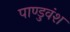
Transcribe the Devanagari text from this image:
पाण्डुवंश